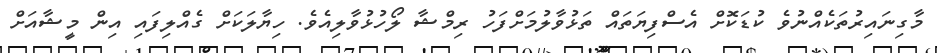
މާގިނައިރުތަކެއްނުވެ ކުޑަކޮށް އެސްފިޔަތައް ތަޅުވާލުމަށްފަހު ރިމްޝާ ލޯހުޅުވާލިއެވެ. ހިޔާލަކަށް ގެއްލިފައި އިން މީޝާއަށް